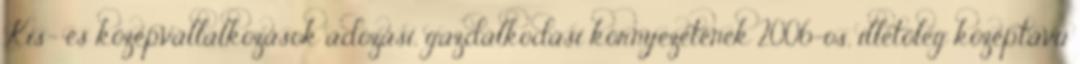
Kis- és középvállalkozások adózási, gazdálkodási környezetének 2006-os, illetőleg középtávú